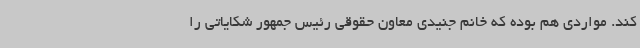
کند. مواردی هم بوده که خانم جنیدی معاون حقوقی رئیس جمهور شکایاتی را